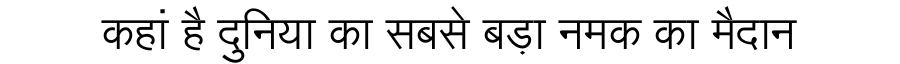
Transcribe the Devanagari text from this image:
कहां है दुनिया का सबसे बड़ा नमक का मैदान